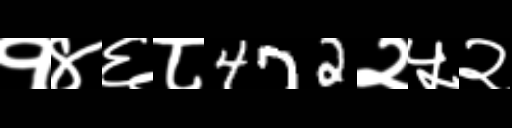
Text: १४६८472२५२